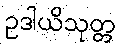
ဥဒါယိသုတ္တ